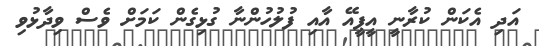
އަދި އެކަން ކުރާނީ އީޕީއޭ އާއި ފުލުހުންނާ ގުޅިގެން ކަމަށް ވެސް ވިދާޅުވި